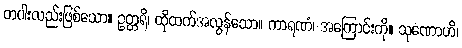
တပါးလည်းဖြစ်သော။ ဥတ္တရိ၊ ထိုထက်အလွန်သော။ ကာရဏံ၊ အကြောင်းကို။ သုဏောဟိ၊